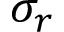
\sigma _ { r }